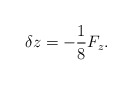
\begin{align*}\delta z = - \frac{1}{8}{F_z}.\end{align*}